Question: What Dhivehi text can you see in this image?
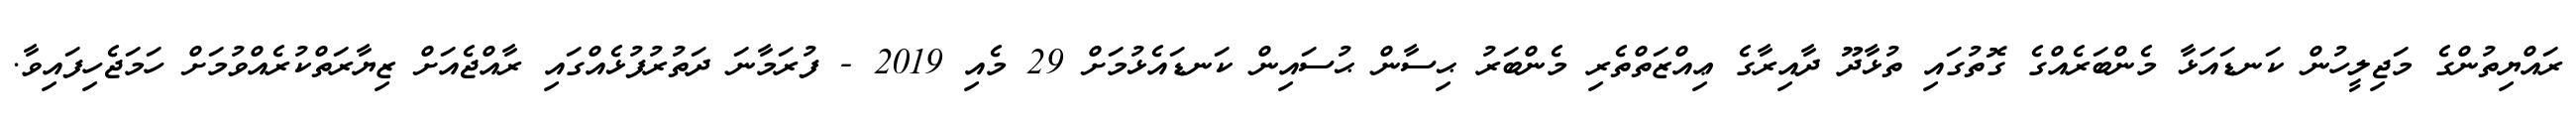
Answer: ރައްޔިތުންގެ މަޖިލީހުން ކަނޑައަޅާ މެންބަރެއްގެ ގޮތުގައި ތުޅާދޫ ދާއިރާގެ ޢިއްޒަތްތެރި މެންބަރު ޙިސާން ޙުސައިން ކަނޑައެޅުމަށް 29 މެއި 2019 - ފުރަމާނަ ދަތުރުފުޅެއްގައި ރާއްޖެއަށް ޒިޔާރަތްކުރެއްވުމަށް ހަމަޖެހިފައިވާ.